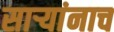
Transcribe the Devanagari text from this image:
सार्‍यांनाच